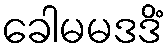
ခေါမမဒဒိံ